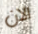
الان